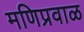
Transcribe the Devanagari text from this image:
मणिप्रवाळ